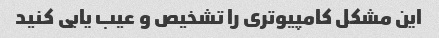
این مشکل کامپیوتری را تشخیص و عیب یابی کنید